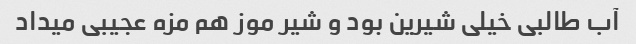
آب طالبی خیلی شیرین بود و شیر موز هم مزه عجیبی میداد